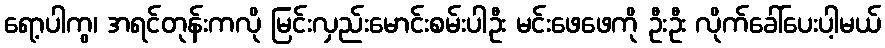
ရော့ပါကွ၊ အရင်တုန်းကလို မြင်းလှည်းမောင်းစမ်းပါဦး မင်းဖေဖေကို ဦးဦး လိုက်ခေါ်ပေးပါ့မယ်